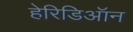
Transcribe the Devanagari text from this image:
हेरिडिऑन